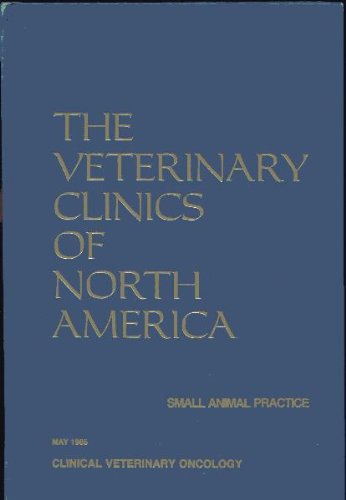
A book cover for The Veterinary Clinics of North America (Small Animal Practice - Clinical Veterinary Oncology, May 1985, Vol 15, No. 3); Nancy O. Brown; Medical Books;